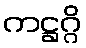
ကဋ္ဌဂ္ဂိ